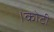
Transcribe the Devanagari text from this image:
।कोटी